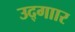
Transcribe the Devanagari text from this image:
उद्गाार